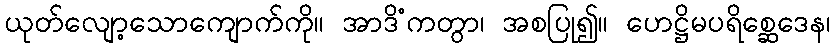
ယုတ်လျော့သောကျောက်ကို။ အာဒိံကတွာ၊ အစပြု၍။ ဟေဋ္ဌိမပရိစ္ဆေဒေန၊